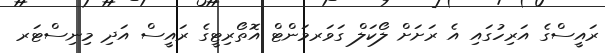
ރައީސްގެ އަރިހުގައި އެ ރަށަށް ލޯކަލް ގަވަރމަންޓް އޮތޯރިޓީގެ ރައީސް އަދި މިނިސްޓަރ